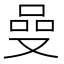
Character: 𠵬